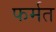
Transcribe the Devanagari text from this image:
फर्मत